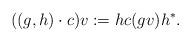
LaTeX: \begin{align*}((g,h) \cdot c)v := h c(gv) h^*. \end{align*}